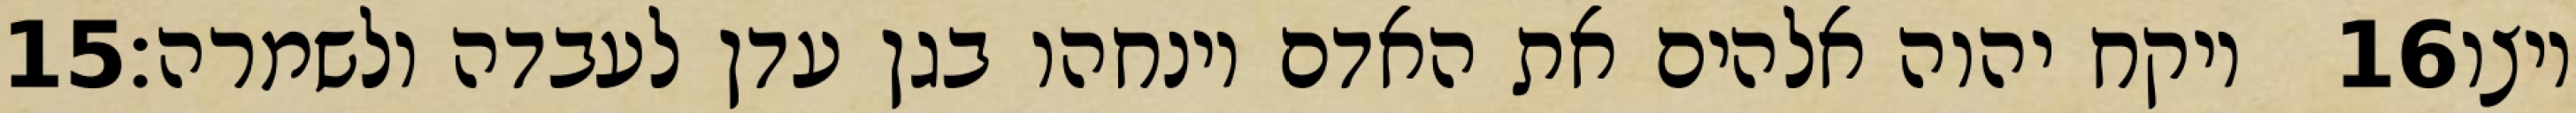
‎15‏ ויקח יהוה אלהים את האדם וינחהו בגן עדן לעבדה ולשמרה׃ ‎16‏ ויצו